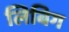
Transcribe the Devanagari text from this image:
लिबिग